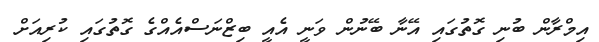
އިމްރާން ބުނި ގޮތުގައި އޭނާ ބޭނުން ވަނީ އެއީ ބިޒްނަސްއެއްގެ ގޮތުގައި ކުރިއަށް